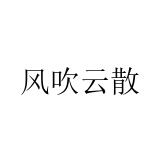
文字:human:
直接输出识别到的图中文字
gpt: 风吹云散